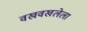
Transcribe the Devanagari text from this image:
वखवखलेला